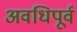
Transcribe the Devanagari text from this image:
अवधिपूर्व